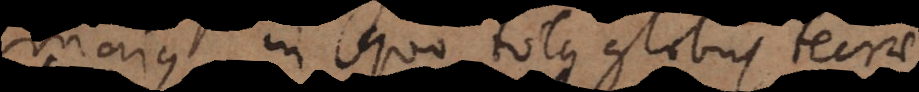
majus, in quo totus globus terrae